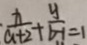
\frac { x } { a + 2 } + \frac { y } { b - 1 } = 1